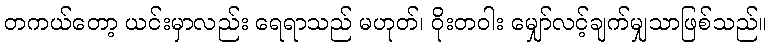
တကယ်တော့ ယင်းမှာလည်း ရေရာသည် မဟုတ်၊ ဝိုးတဝါး မျှော်လင့်ချက်မျှသာဖြစ်သည်။